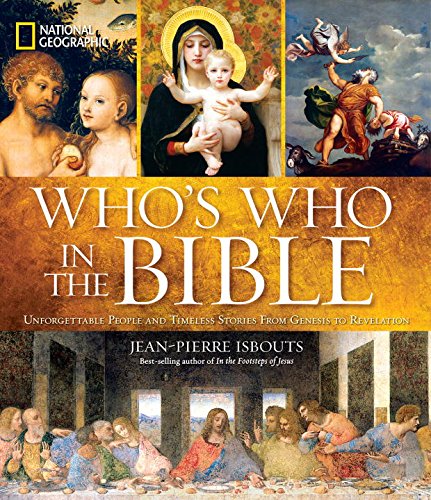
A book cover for National Geographic Who's Who in the Bible: Unforgettable People and Timeless Stories from Genesis to Revelation; Jean-Pierre Isbouts; Christian Books & Bibles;